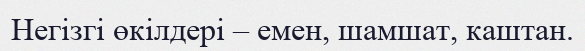
Негізгі өкілдері – емен, шамшат, каштан.